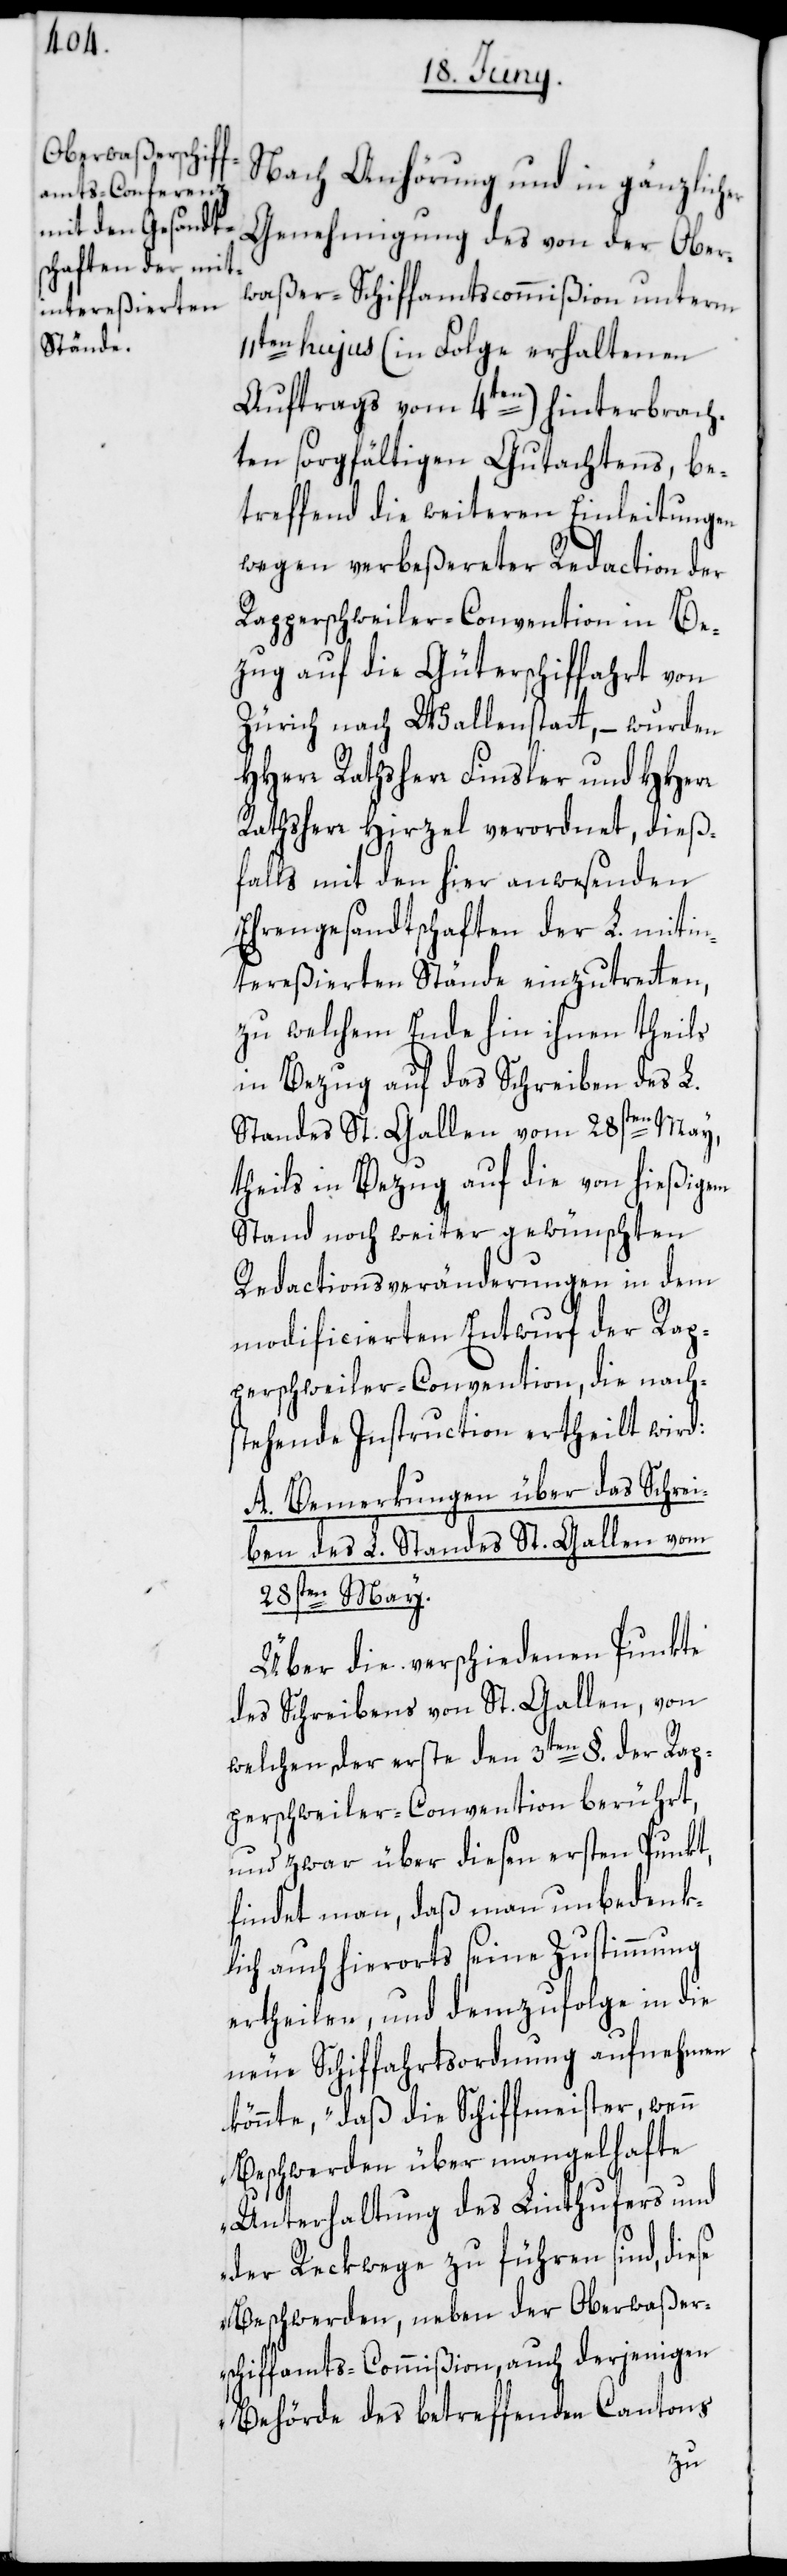
Nach Anhörung und in gänzlicher
Genehmigung des von der Ober¬
waßer-Schiffamtscommißion unterm
11ten hujus (in Folge erhaltenen
Auftrags vom 4ten) hinterbrach¬
ten sorgfältigen Gutachtens, be¬
treffend die weiteren Einleitungen
wegen verbeßereter Redaction der
Rapperschweiler-Convention in Be¬
zug auf die Güterschiffahrt von
Zürich nach Wallenstatt, – wurden
HHerr Rathsherr Finsler und HHerr
Rathsherr Hirzel verordnet, dieß¬
falls mit den hier anwesenden
Ehrengesandtschaften der L. mitin¬
tereßierten Stände einzutretten,
zu welchem Ende hin ihnen theils
in Bezug auf das Schreiben des L.
Standes St. Gallen vom 28sten May,
theils in Bezug auf die von hießigem
Stand noch weiter gewünschten
Redactionsveränderungen in dem
modificierten Entwurf der Rap¬
perschweiler-Convention, die nachs¬
tehende Instruction ertheilt wird:
A. Bemerkungen über das Schrei¬
ben des L. Standes St. Gallen vom
28sten May.
Über die verschiedenen Punkte
des Schreibens von St. Gallen, von
welchen der erste den 3ten §. der Rap¬
perschweiler-Convention berührt,
und zwar über diesen ersten Punkt,
findet man, daß man unbedenk¬
lich auch hierorts seine Zustimmung
ertheilen, und demzufolge in die
neue Schiffahrtsordnung aufnehmen
könnte, „daß die Schiffmeister, wenn
Beschwerden über mangelhafte
Unterhaltung des Linthufers und
der Reckwege zu führen sind, diese
Beschwerden, neben der Oberwaßer¬
schiffamts-Commißion, auch derjenigen
Behörde des betreffenden Cantons